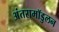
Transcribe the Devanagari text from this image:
अंतरामॉडुलन